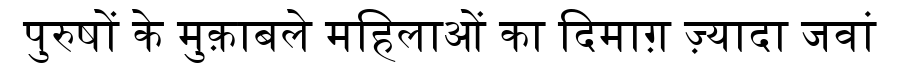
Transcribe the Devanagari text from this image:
पुरुषों के मुक़ाबले महिलाओं का दिमाग़ ज़्यादा जवां